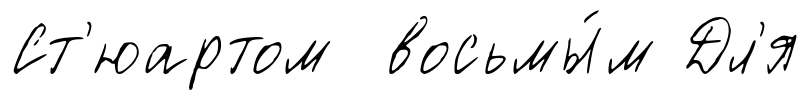
Ст'юартом восьмы́м Дл'я